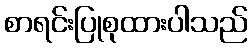
စာရင်းပြုစုထားပါသည်